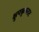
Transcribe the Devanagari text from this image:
क्षुपकृकराट